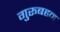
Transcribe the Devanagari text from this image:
गुरूबहन